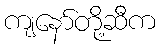
ကျနော်တို့ဆီက